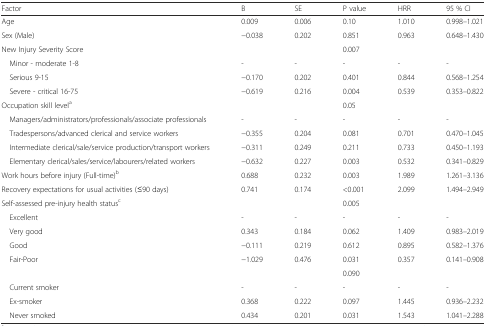
<table><thead><tr><td><b>Factor</b></td><td><b>B</b></td><td><b>SE</b></td><td><b>P value</b></td><td><b>HRR</b></td><td><b>95 % CI</b></td></tr></thead><tbody><tr><td>Age</td><td>0.009</td><td>0.006</td><td>0.10</td><td>1.010</td><td>0.998–1.021</td></tr><tr><td>Sex (Male)</td><td>−0.038</td><td>0.202</td><td>0.851</td><td>0.963</td><td>0.648–1.430</td></tr><tr><td>New Injury Severity Score</td><td></td><td></td><td>0.007</td><td></td><td></td></tr><tr><td> Minor - moderate 1-8</td><td>-</td><td>-</td><td>-</td><td>-</td><td>-</td></tr><tr><td> Serious 9-15</td><td>−0.170</td><td>0.202</td><td>0.401</td><td>0.844</td><td>0.568–1.254</td></tr><tr><td> Severe - critical 16-75</td><td>−0.619</td><td>0.216</td><td>0.004</td><td>0.539</td><td>0.353–0.822</td></tr><tr><td>Occupation skill level<sup>a</sup></td><td></td><td></td><td>0.05</td><td></td><td></td></tr><tr><td> Managers/administrators/professionals/associate professionals</td><td>-</td><td>-</td><td>-</td><td>-</td><td>-</td></tr><tr><td> Tradespersons/advanced clerical and service workers</td><td>−0.355</td><td>0.204</td><td>0.081</td><td>0.701</td><td>0.470–1.045</td></tr><tr><td> Intermediate clerical/sale/service production/transport workers</td><td>−0.311</td><td>0.249</td><td>0.211</td><td>0.733</td><td>0.450–1.193</td></tr><tr><td> Elementary clerical/sales/service/labourers/related workers</td><td>−0.632</td><td>0.227</td><td>0.003</td><td>0.532</td><td>0.341–0.829</td></tr><tr><td>Work hours before injury (Full-time)<sup>b</sup></td><td>0.688</td><td>0.232</td><td>0.003</td><td>1.989</td><td>1.261–3.136</td></tr><tr><td>Recovery expectations for usual activities (≤90 days)</td><td>0.741</td><td>0.174</td><td>&lt;0.001</td><td>2.099</td><td>1.494–2.949</td></tr><tr><td>Self-assessed pre-injury health status<sup>c</sup></td><td></td><td></td><td>0.005</td><td></td><td></td></tr><tr><td> Excellent</td><td>-</td><td>-</td><td>-</td><td>-</td><td>-</td></tr><tr><td> Very good</td><td>0.343</td><td>0.184</td><td>0.062</td><td>1.409</td><td>0.983–2.019</td></tr><tr><td> Good</td><td>−0.111</td><td>0.219</td><td>0.612</td><td>0.895</td><td>0.582–1.376</td></tr><tr><td> Fair-Poor</td><td>−1.029</td><td>0.476</td><td>0.031</td><td>0.357</td><td>0.141–0.908</td></tr><tr><td></td><td></td><td></td><td>0.090</td><td></td><td></td></tr><tr><td> Current smoker</td><td>-</td><td>-</td><td>-</td><td>-</td><td>-</td></tr><tr><td> Ex-smoker</td><td>0.368</td><td>0.222</td><td>0.097</td><td>1.445</td><td>0.936–2.232</td></tr><tr><td> Never smoked</td><td>0.434</td><td>0.201</td><td>0.031</td><td>1.543</td><td>1.041–2.288</td></tr></tbody></table>